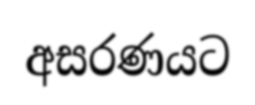
අසරණයට